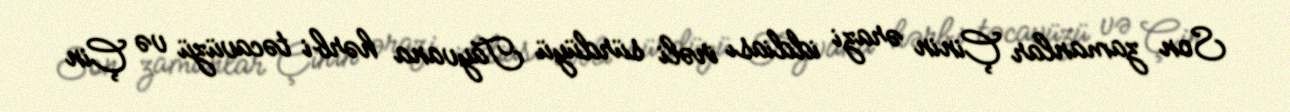
Son zamanlar Çinin ərazi iddiası irəli sürdüyü Tayvana hərbi təcavüzü və Çin